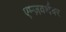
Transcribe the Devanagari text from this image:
एम्ज़वर्थवर